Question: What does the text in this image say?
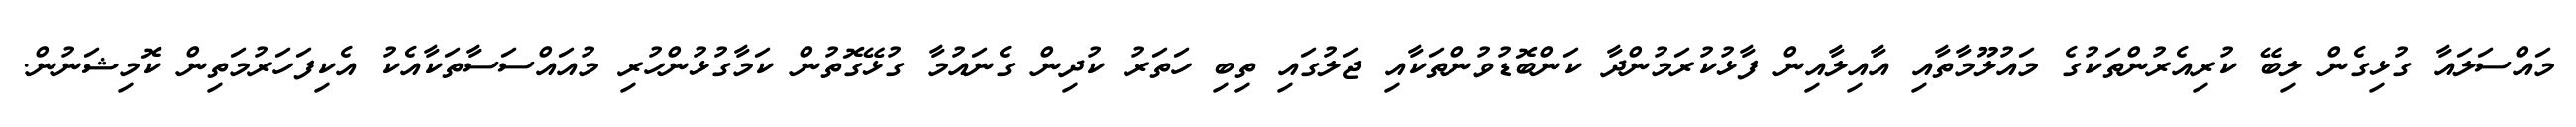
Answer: މައްސަލައާ ގުޅިގެން ލިބޭ ކުރިއެރުންތަކުގެ މައުލޫމާތާއި އާއިލާއިން ފާޅުކުރަމުންދާ ކަންބޮޑުވުންތަކާއި ޖަލުގައި ތިބި ހަތަރު ކުދިން ގެނައުމާ ގުޅޭގޮތުން ކަމާގުޅުންހުރި މުއައްސަސާތަކާއެކު އެކިފަހަރުމަތިން ކޮމިޝަނުން.